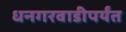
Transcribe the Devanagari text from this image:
धनगरवाडीपर्यंत